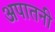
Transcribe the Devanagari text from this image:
अपातनी